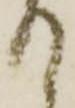
て